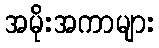
အမိုးအကာများ